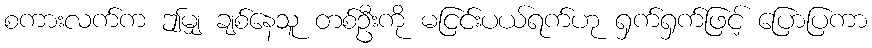
စကားလက်က ဤမျှ ချစ်နေသူ တစ်ဦးကို မငြင်းပယ်ရက်ဟု ရှက်ရှက်ဖြင့် ပြောပြကာ